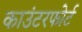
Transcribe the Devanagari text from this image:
काउंटरफोर्ट